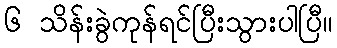
၆ သိန်းခွဲကုန်ရင်ပြီးသွားပါပြီ။